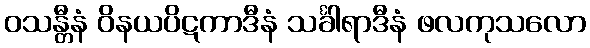
ဝသန္တီနံ ဝိနယပိဋကာဒီနံ သင်္ခါရာဒီနံ ဖလကုသလော